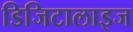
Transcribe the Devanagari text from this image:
डिजिटालाइज